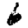
Digit: 6